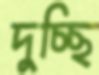
দুচ্ছি